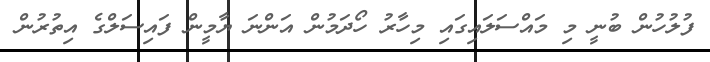
ފުލުހުން ބުނީ މި މައްސަލައިގައި މިހާރު ހޯދަމުން އަންނަ ޔާމީން ފައިސަލްގެ އިތުރުން